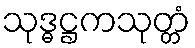
သုဒ္ဓဋ္ဌကသုတ္တံ